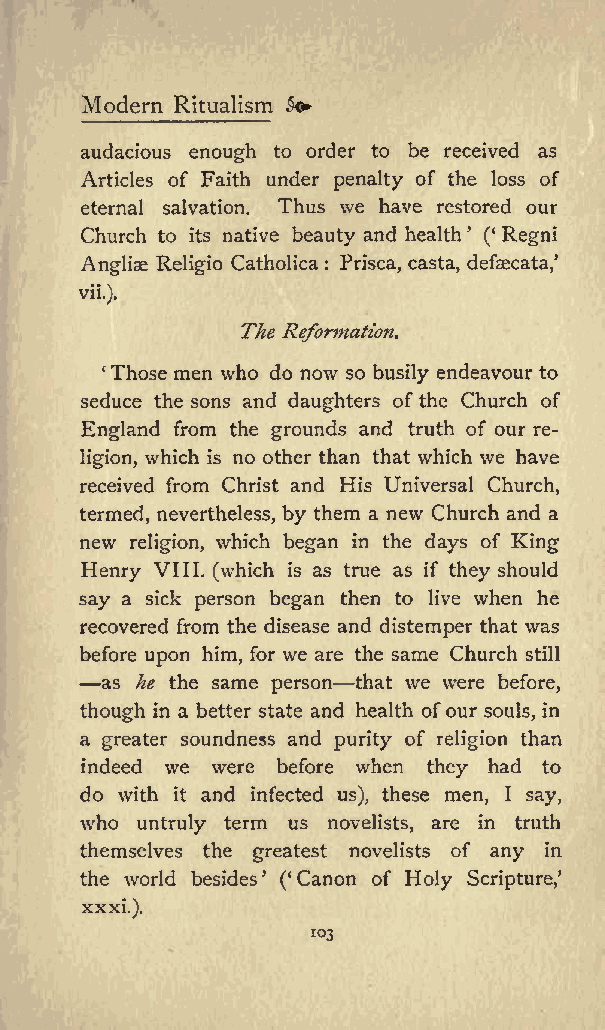
o
 Modern Ritualism
 audacious enough to order to be received as
 Articles of Faith under penalty of the loss of
 eternal salvation. Thus we have restored our
 Church to its native beauty and health ( Regni
 Angliae Religio Catholica : Prisca, casta, defaecata,
 vii.).
 The Reformation.
 Those men who do now so busily endeavour to
 seduce the sons and daughters of the Church of
 England from the grounds and truth of our re
 ligion, which is no other than that which we have
 received from Christ and His Universal Church,
 termed, nevertheless, by them a new Church and a
 new religion, which began in the days of King
 Henry VIII. (which is as true as if they should
 say a sick person began then to live when he
 recovered from the disease and distemper that was
 before upon him, for we are the same Church still
 as he the same person that we were before,
 though in a better state and health ofour souls, in
 a greater soundness and purity of religion than
 indeed we were before when they had to
 do with it and infected us), these men, I say,
 who untruly term us novelists, are in truth
 themselves the greatest novelists of any in
 the world besides ( Canon of Holy Scripture,
 xxxi.).
 103